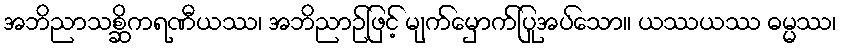
အဘိညာသစ္ဆိကရဏီယဿ၊ အဘိညာဉ်ဖြင့် မျက်မှောက်ပြုအပ်သော။ ယဿယဿ ဓမ္မဿ၊